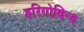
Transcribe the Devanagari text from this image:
हरिगोविन्द